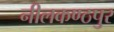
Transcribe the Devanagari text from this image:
नीलकण्ठपुर